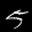
Label: 5